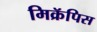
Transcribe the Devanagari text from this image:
मिक्रॅपिस